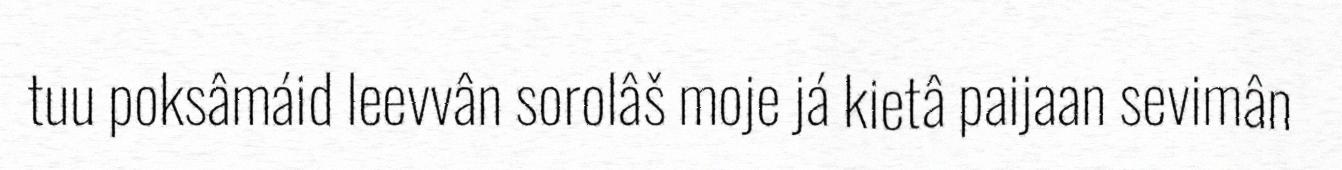
tuu poksâmáid leevvân sorolâš moje já kietâ paijaan sevimân